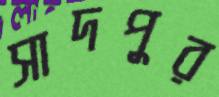
সাদপুর